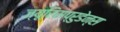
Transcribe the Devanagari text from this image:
ज्यूरिसप्रुडेन्स